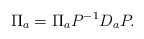
\begin{align*}\Pi_a =\Pi_a P^{-1} D_a P.\end{align*}